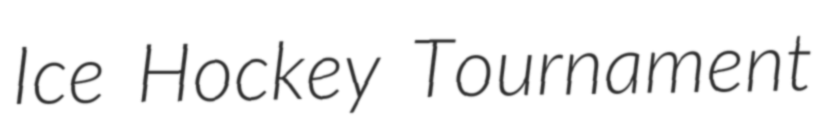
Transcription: Ice Hockey Tournament